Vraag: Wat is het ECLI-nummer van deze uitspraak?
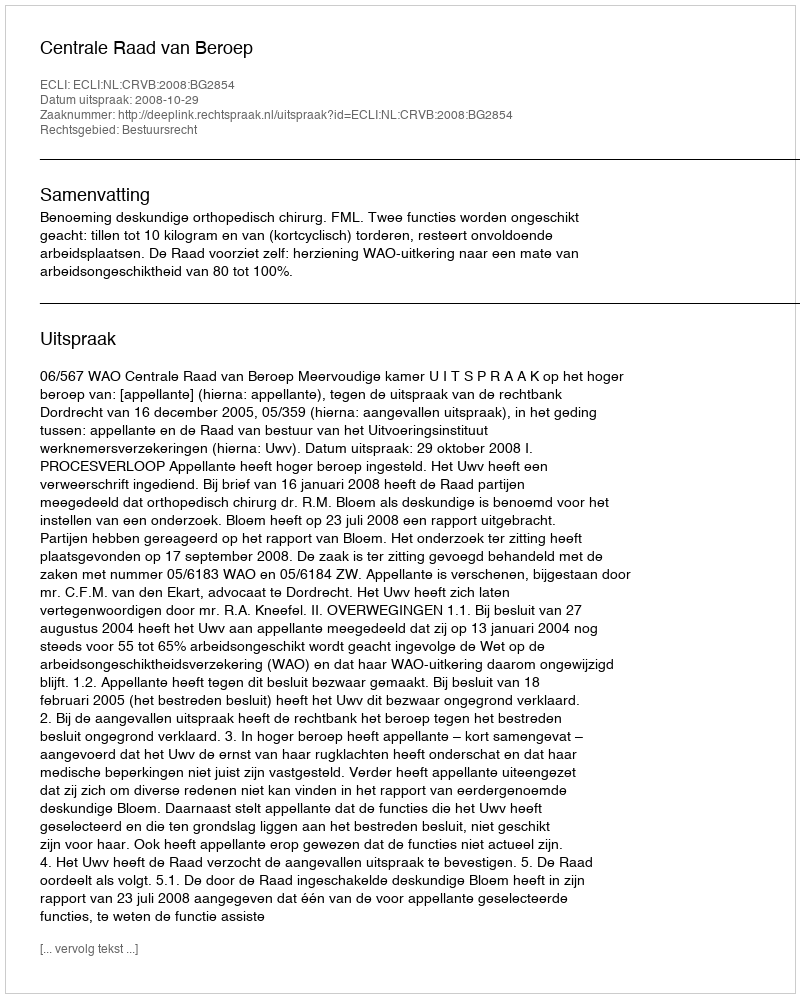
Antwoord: ECLI:NL:CRVB:2008:BG2854